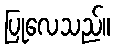
ပြုလေသည်။